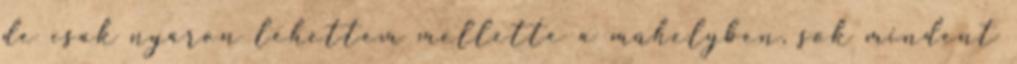
de csak nyáron lehettem mellette a mûhelyben, sok mindent